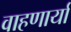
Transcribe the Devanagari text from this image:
वाहणार्या